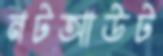
নটআউট